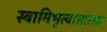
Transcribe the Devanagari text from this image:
स्वामिभृत्यासारखा